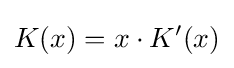
K(x)=x\cdot K'(x)